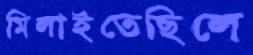
মিলাইতেছিলে